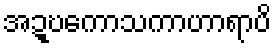
အဍ္ဎကောသကာဟာရာပိ